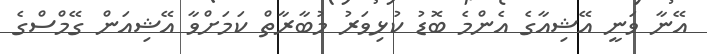
އޭނާ ވަނީ އޭޝިއާގެ އެންމެ ބޮޑު ކުޅިވަރު މުބާރާތް ކަމަށްވާ އޭޝިއަން ގޭމްސްގެ